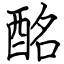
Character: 酩